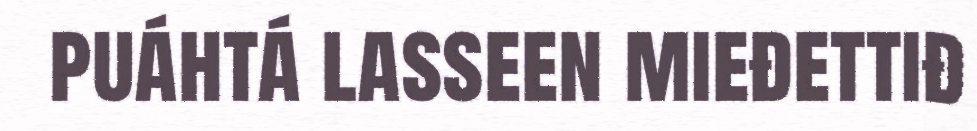
puáhtá lasseen mieđettiđ